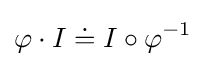
\varphi \cdot I\doteq I\circ \varphi ^{-1}